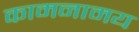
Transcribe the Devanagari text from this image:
कामनामय